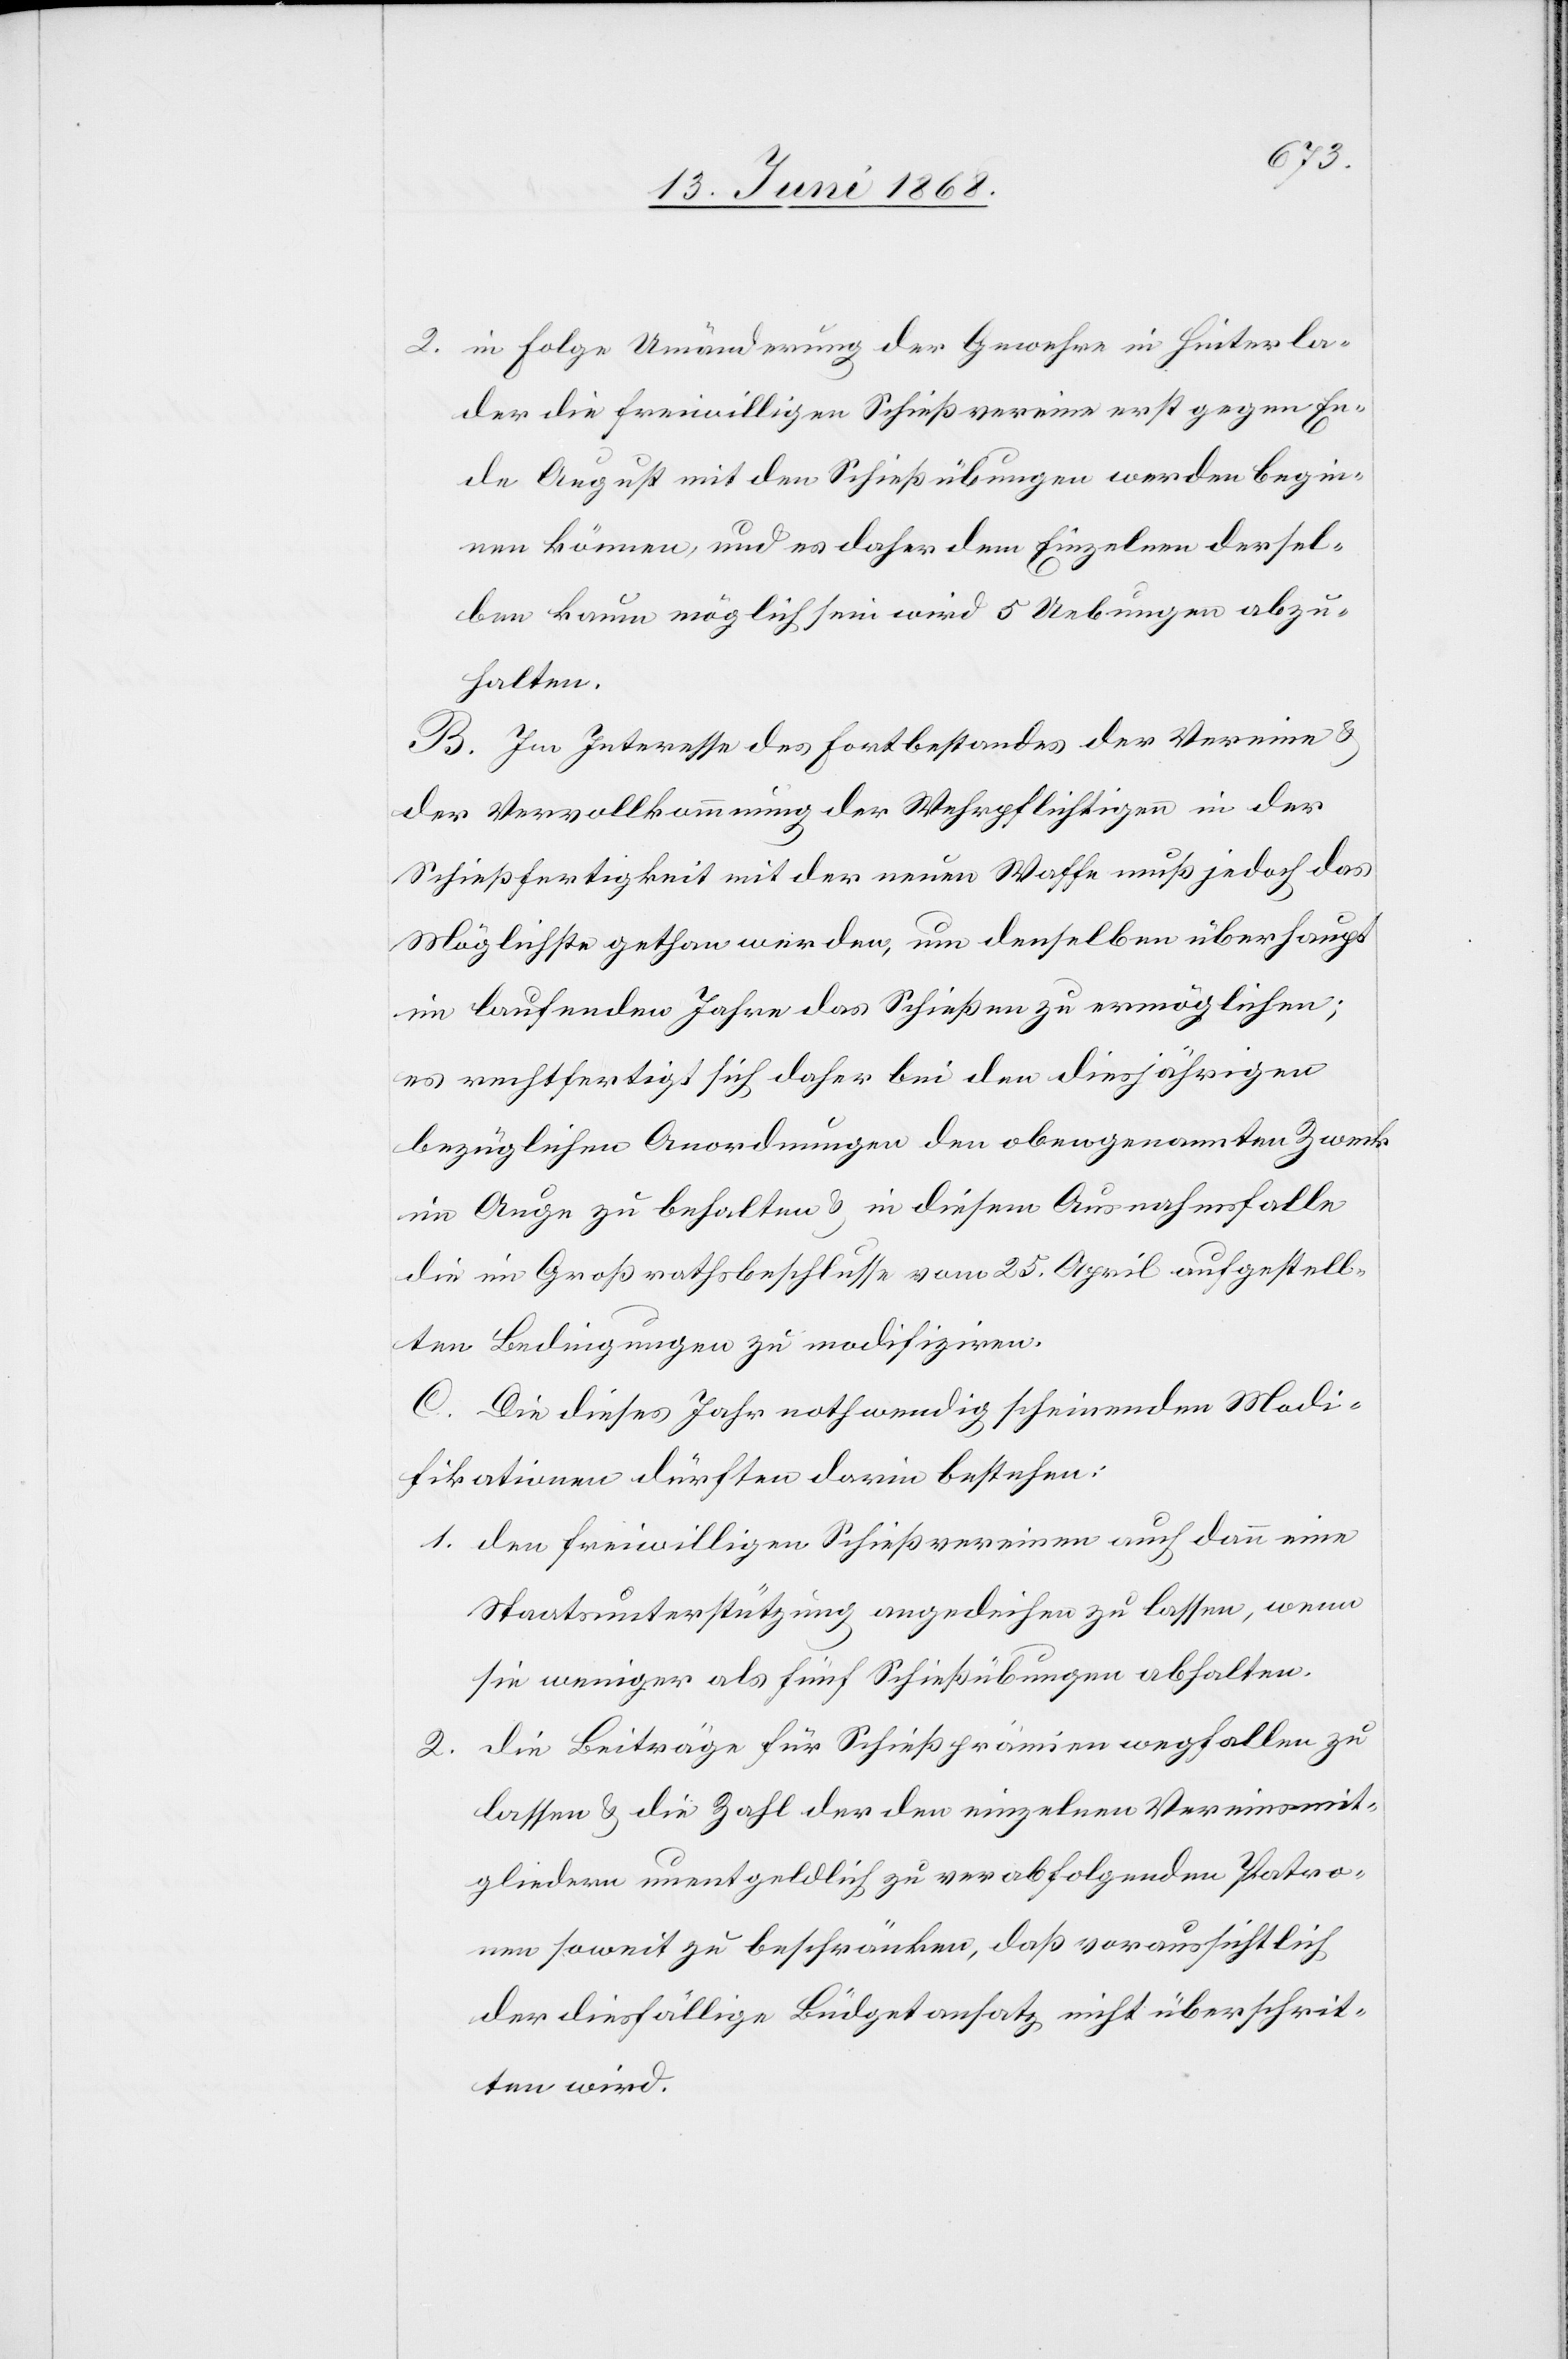
2. in Folge Umänderung der Gewehre in Hinterla¬
der die freiwilligen Schießvereine erst gegen En¬
de August mit den Schießübungen werden begin¬
nen können, und es daher dem Einzelnen dersel¬
ben kaum möglich sein wird 5 Uebungen abzu¬
halten.
B. Im Interesse des Fortbestandes der Vereine &
der Vervollkommnung der Wehrpflichtigen in der
Schießfertigkeit mit der neuen Waffe muß jedoch das
Möglichste gethan werden, um denselben überhaupt
im laufenden Jahre das Schießen zu ermöglichen;
es rechtfertigt sich daher bei den diesjährigen
bezüglichen Anordnungen den obengenannten Zweck
im Auge zu behalten & in diesem Ausnahmsfalle
die im Großrathsbeschlusse vom 25. April aufgestell¬
ten Bedingungen zu modifiziren.
C. Die dieses Jahr nothwendig scheinenden Modi¬
fikationen dürften darin bestehen:
1. den freiwilligen Schießvereinen auch dann eine
Staatsunterstützung angedeihen zu lassen, wenn
sie weniger als fünf Schießübungen abhalten.
die Beiträge für Schießprämien wegfallen zu
2.
lassen & die Zahl der den einzelnen Vereinsmit¬
gliedern unentgeldlich zu verabfolgenden Patro¬
nen soweit zu beschränken, daß voraussichtlich
der diesfällige Büdgetansatz nicht überschrit¬
ten wird.